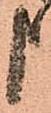
申